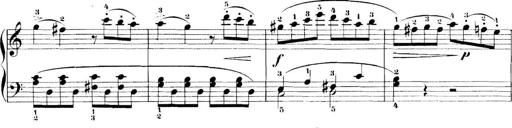
Title: 11 Sonatinas
Composer: Anton Diabelli